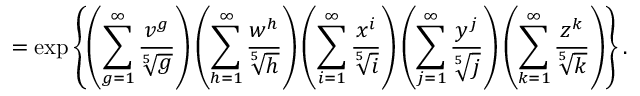
= \exp \left\{ \left( \sum _ { g = 1 } ^ { \infty } \frac { v ^ { g } } { \sqrt [ 5 ] { g } } \right) \left( \sum _ { h = 1 } ^ { \infty } \frac { w ^ { h } } { \sqrt [ 5 ] { h } } \right) \left( \sum _ { i = 1 } ^ { \infty } \frac { x ^ { i } } { \sqrt [ 5 ] { i } } \right) \left( \sum _ { j = 1 } ^ { \infty } \frac { y ^ { j } } { \sqrt [ 5 ] { j } } \right) \left( \sum _ { k = 1 } ^ { \infty } \frac { z ^ { k } } { \sqrt [ 5 ] { k } } \right) \right\} .